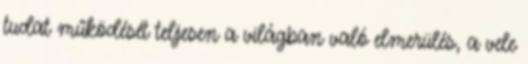
tudat működését teljesen a világban való elmerülés, a vele